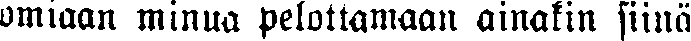
omiaan minua pelottamaan ainakin siinä